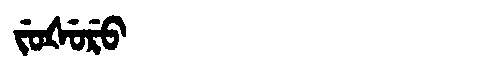
Manchu: ᠵᡠᡧᡠᡵᡠ
Romanization: JUŠURU